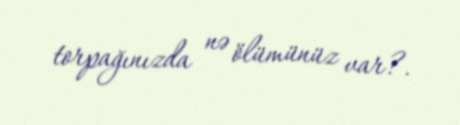
torpağınızda nə ölümünüz var?.